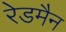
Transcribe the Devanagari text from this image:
रेडमैन